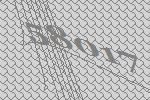
58017